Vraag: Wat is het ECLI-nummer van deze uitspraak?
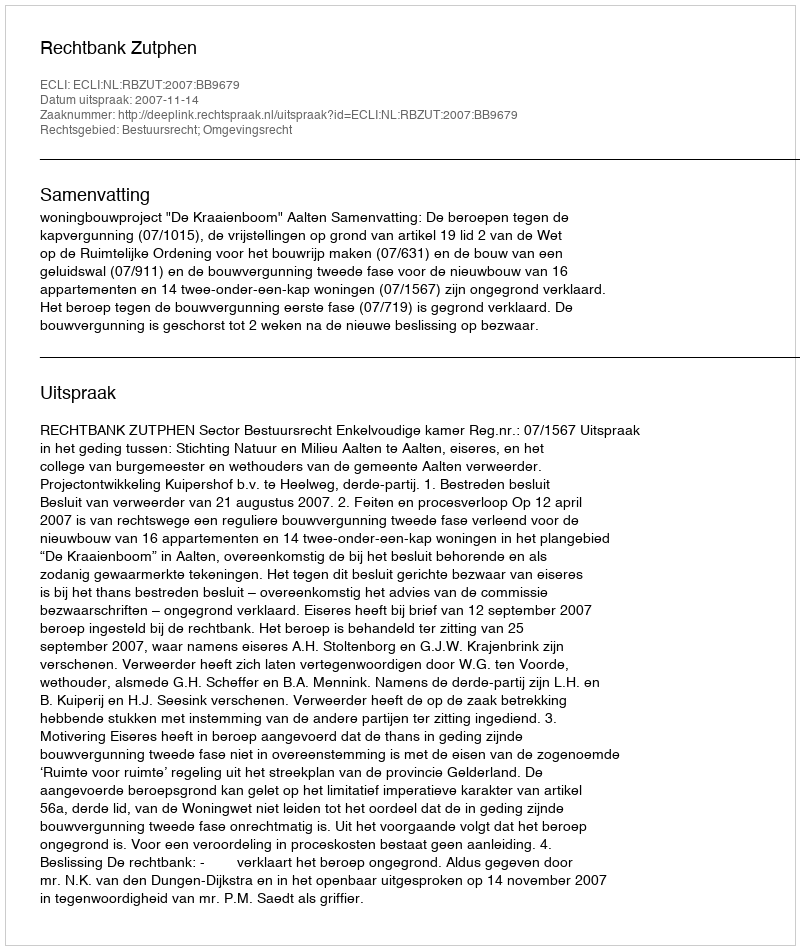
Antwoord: ECLI:NL:RBZUT:2007:BB9679